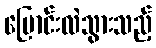
ပြောင်းလဲသွားသည့်